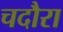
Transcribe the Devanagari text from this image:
चदौरा